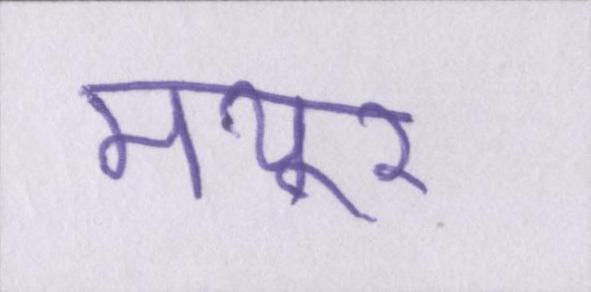
मयूर